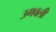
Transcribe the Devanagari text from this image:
उगवली